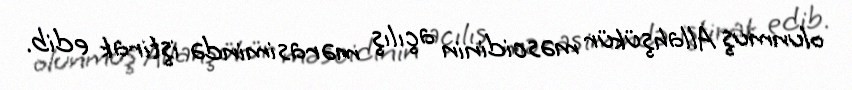
olunmuş Allahşükür məscidinin açılış mərasimində iştirak edib.